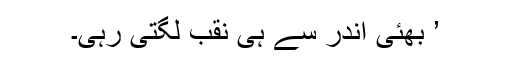
’ بھئی اندر سے ہی نقب لگتی رہی۔